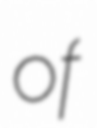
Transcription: of